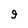
Character: 9